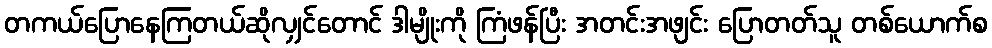
တကယ်ပြောနေကြတယ်ဆိုလျှင်တောင် ဒါမျိုးကို ကြံဖန်ပြီး အတင်းအဖျင်း ပြောတတ်သူ တစ်ယောက်စ